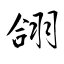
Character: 翖